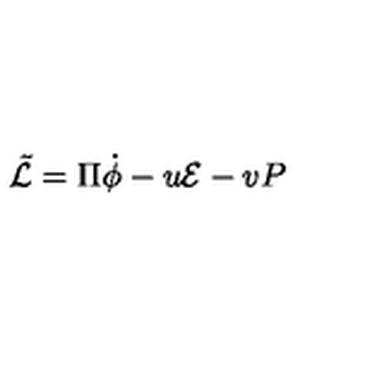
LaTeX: { \tilde { \cal L } } = \Pi \dot { \phi } - u { \cal E } - v { P }